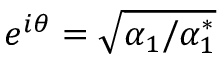
e ^ { i \theta } = \sqrt { \alpha _ { 1 } / \alpha _ { 1 } ^ { * } }